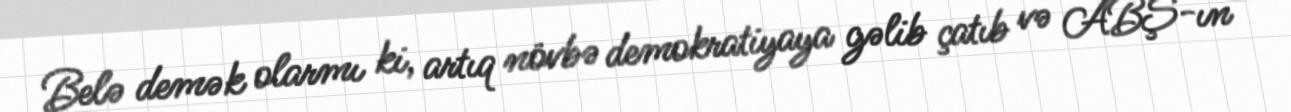
Belə demək olarmı ki, artıq növbə demokratiyaya gəlib çatıb və ABŞ-ın